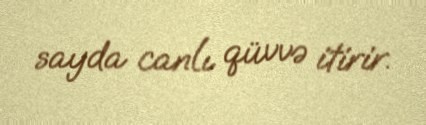
sayda canlı qüvvə itirir.